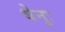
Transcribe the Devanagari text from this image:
धेनुः